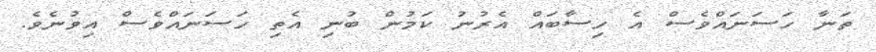
ތަނާ ހަސަނައްވެސް އެ ހިސާބައް އެރުނު ކަމުން ބުނި އެތި ހަސަނައްވެސް އިވުނެވެ.